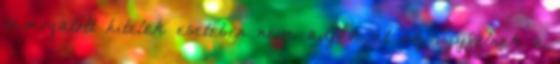
támogatott hitelek esetében nem adják át az ügyfélnek a